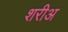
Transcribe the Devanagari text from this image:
शरीअ